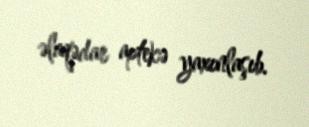
əlaqədar aptekə yaxınlaşıb.